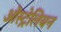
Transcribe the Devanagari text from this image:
ऒस्ट्रेलियन